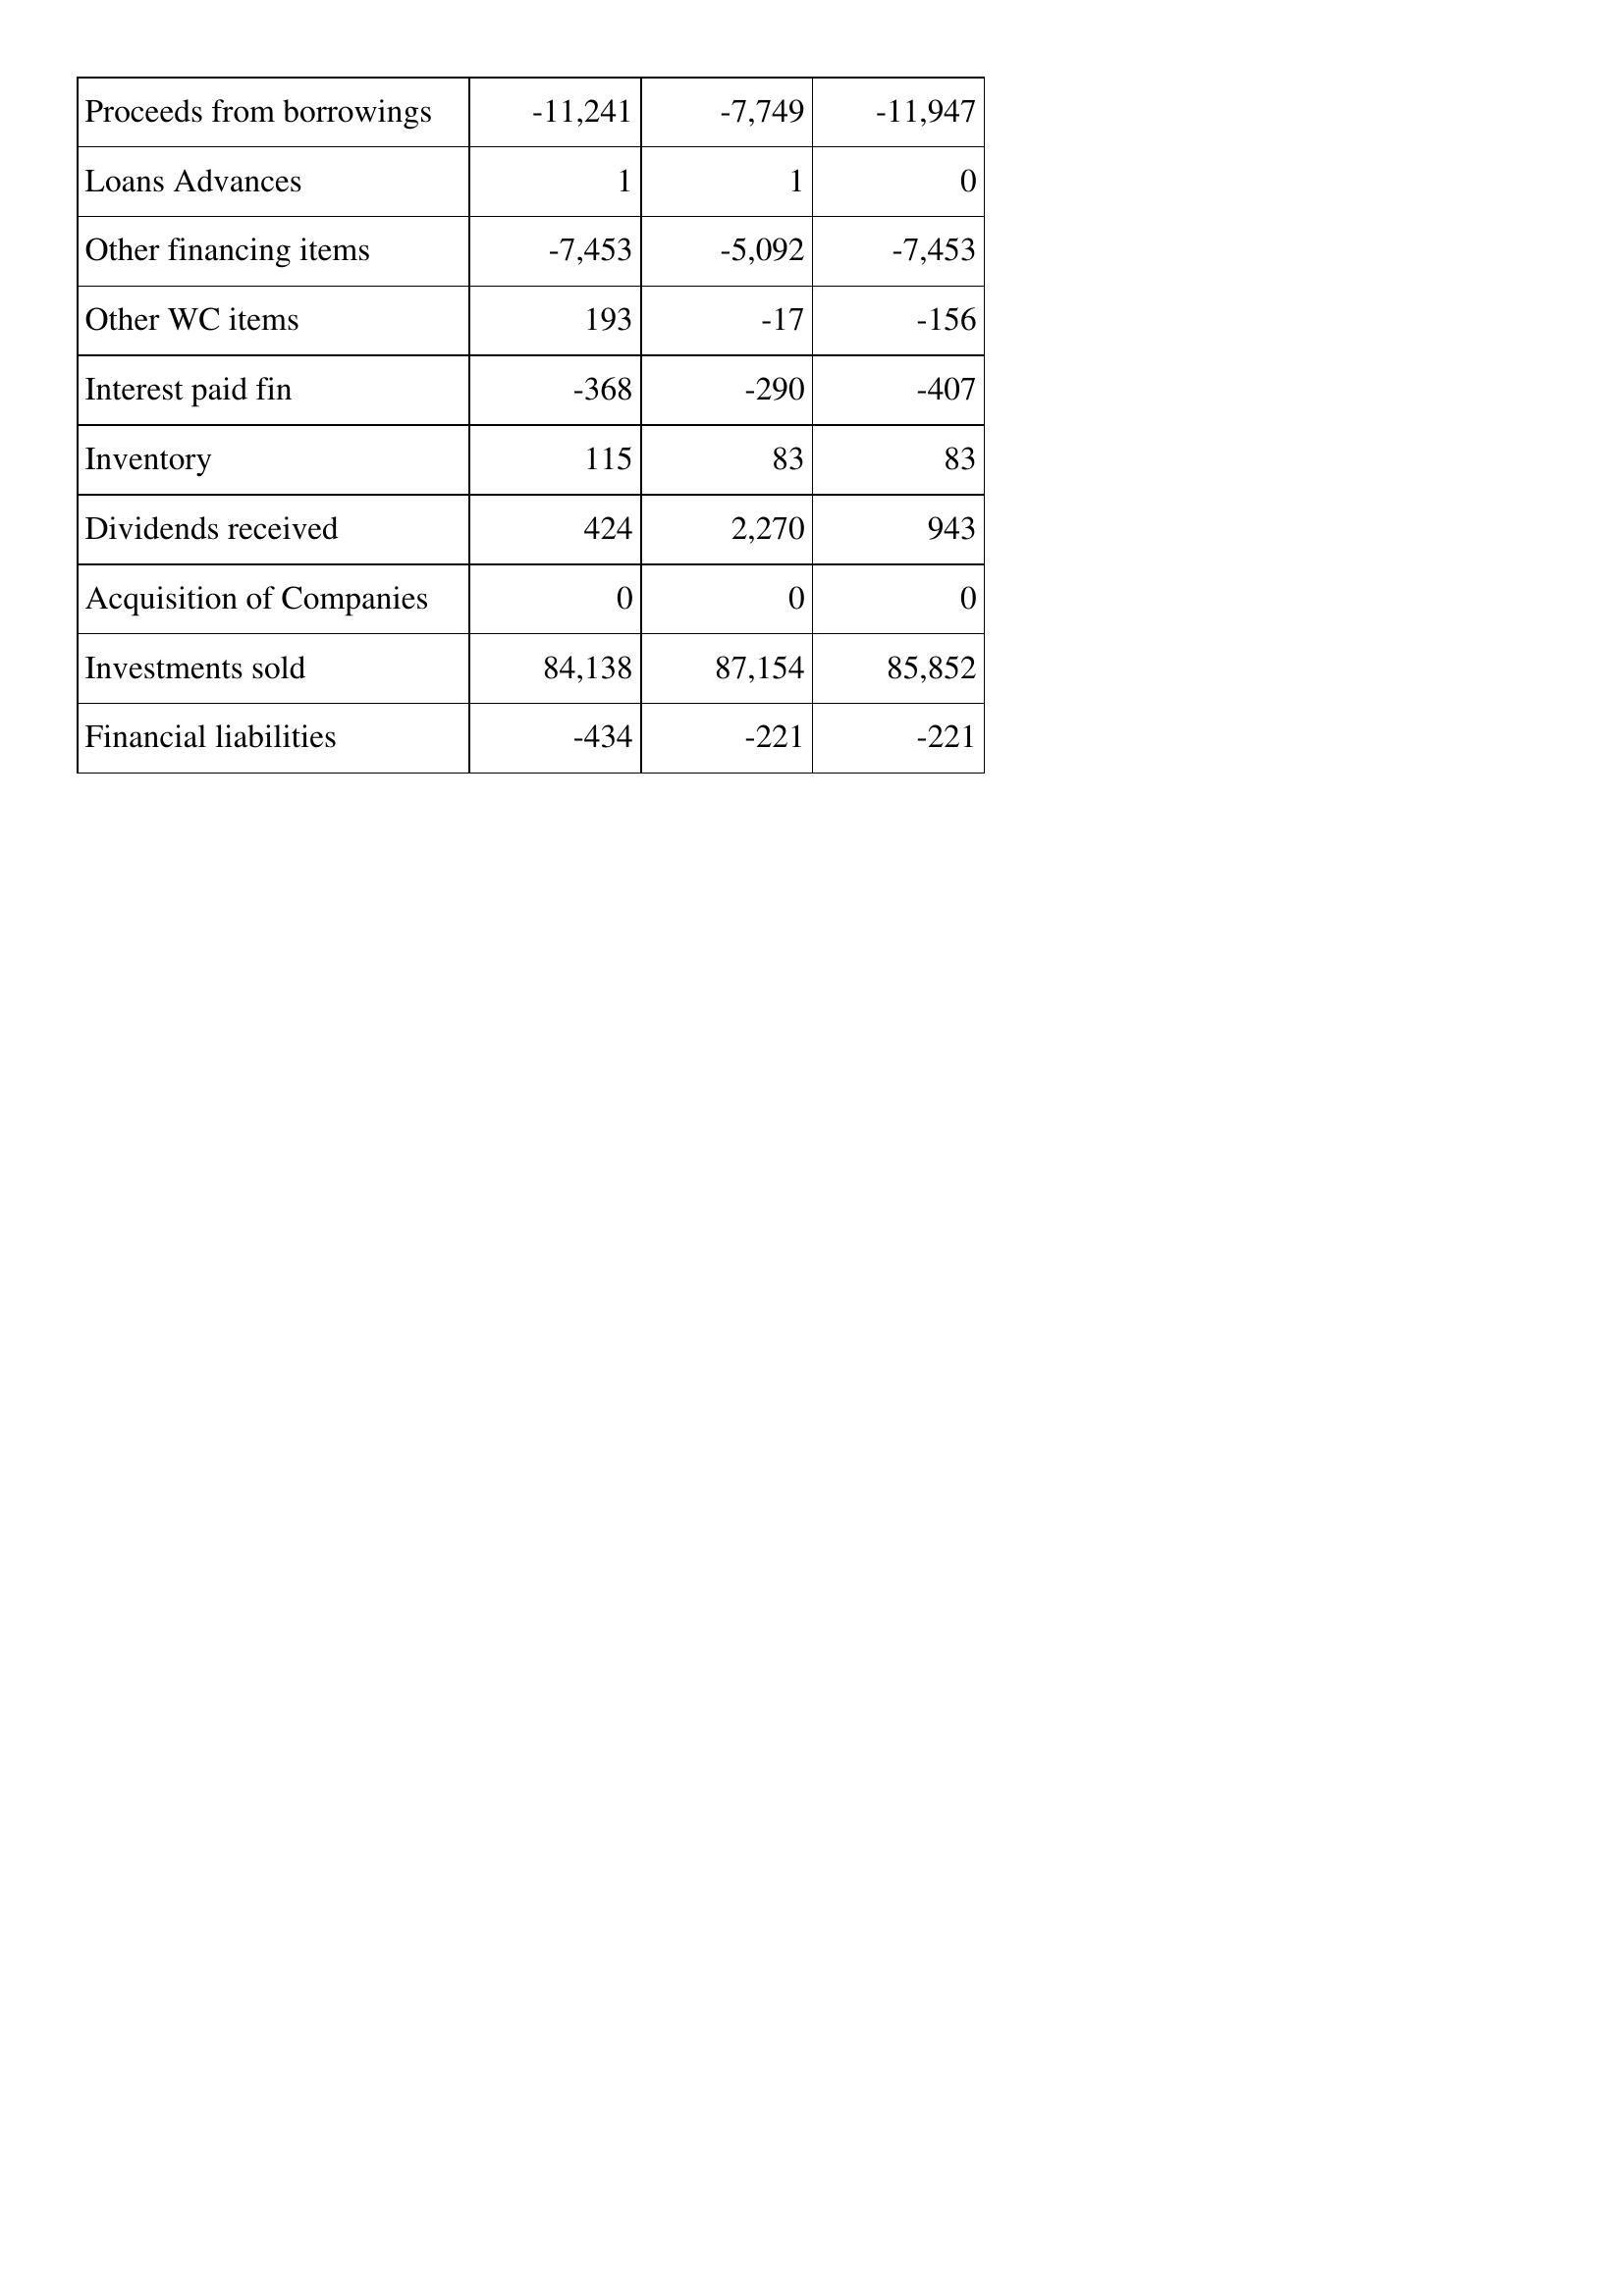
Apr-00: Cash Flows: Proceeds from borrowings: -11,241
Loans Advances: 1
Other financing items: -7,453
Other WC items: 193
Interest paid fin: -368
Inventory: 115
Dividends received: 424
Acquisition of Companies: 0
Investments sold: 84,138
Financial liabilities: -434
Apr-99: Cash Flows: Proceeds from borrowings: -7,749
Loans Advances: 1
Other financing items: -5,092
Other WC items: -17
Interest paid fin: -290
Inventory: 83
Dividends received: 2,270
Acquisition of Companies: 0
Investments sold: 87,154
Financial liabilities: -221
Apr-98: Cash Flows: Proceeds from borrowings: -11,947
Loans Advances: 0
Other financing items: -7,453
Other WC items: -156
Interest paid fin: -407
Inventory: 83
Dividends received: 943
Acquisition of Companies: 0
Investments sold: 85,852
Financial liabilities: -221